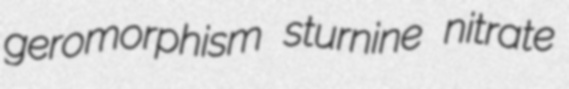
geromorphism sturnine nitrate